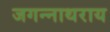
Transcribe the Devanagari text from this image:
जगन्नाथराय